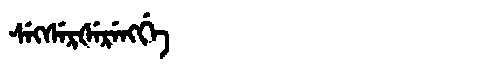
Manchu: ᠰᡝᡴᠰᡝᡵᡧᡝᡵᡝᠩᡤᡝ
Romanization: SEKSERŠERENGGE